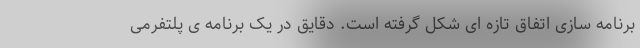
برنامه سازی اتفاق تازه ای شکل گرفته است. دقایق در یک برنامه ی پلتفرمی